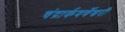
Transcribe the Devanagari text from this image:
चंद्रार्कवर्णेश्वरी